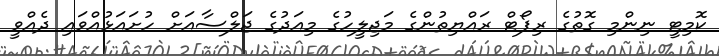
ކޮމިޓީ ނިންމި ގޮތުގެ ރިޕޯޓް ރައްޔިތުންގެ މަޖިލީހުގެ މިއަދުގެ ޖަލްސާއަށް ހުށައަޅުއްވައި ދެއްވީ